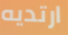
ارتديه